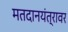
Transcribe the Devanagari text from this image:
मतदानयंत्रावर